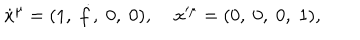
LaTeX: \dot { x } ^ { \mu } = ( 1 , \; \dot { f } , \; 0 , \; 0 ) , \; x ^ { \mu } = ( 0 , \; 0 , \; 0 , \; 1 ) ,